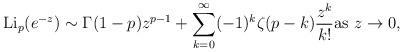
LaTeX: \begin{align*} \mathrm{Li}_p(e^{-z})\sim \Gamma(1-p)z^{p-1}+\sum_{k=0}^\infty (-1)^k\zeta(p-k)\frac{z^k}{k!}\mbox{as } z\to 0,\end{align*}